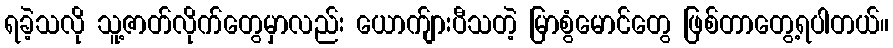
ရခဲ့သလို သူ့ဇာတ်လိုက်တွေမှာလည်း ယောက်ျားပီသတဲ့ မြာစွံမောင်တွေ ဖြစ်တာတွေ့ရပါတယ်။